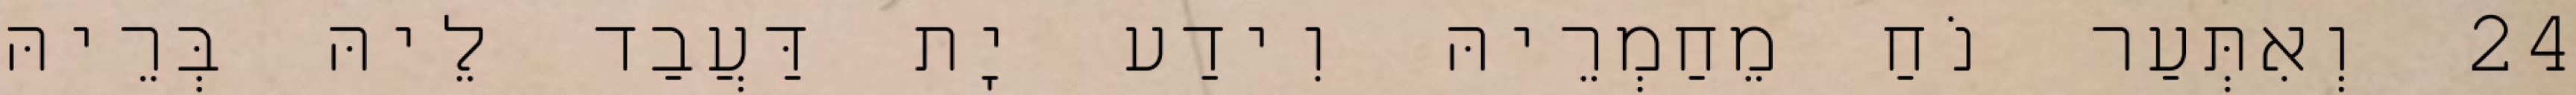
24 וְאִתְּעַר נֹחַ מֵחַמְרֵיהּ וִידַע יָת דַּעֲבַד לֵיהּ בְּרֵיהּ